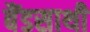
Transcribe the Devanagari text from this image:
बैंडसाथी